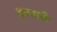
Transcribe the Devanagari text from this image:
झल्लरी